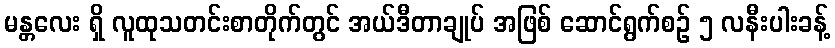
မန္တလေး ရှိ လူထုသတင်းစာတိုက်တွင် အယ်ဒီတာချုပ် အဖြစ် ဆောင်ရွက်စဉ် ၅ လနီးပါးခန့်